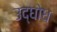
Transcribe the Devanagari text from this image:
उद्घोध